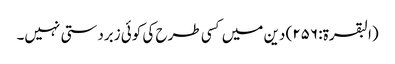
(البقرۃ: ۲۵۶) دین میں کسی طرح کی کوئی زبردستی نہیں۔